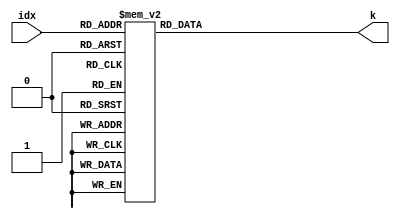
module karray(
		input wire [5:0] idx, output reg [31:0] k
	);
	always @(*) begin
		case (idx)
			6'b000000: k = 32'h428a2f98;
			6'b000001: k = 32'h71374491;
			6'b000010: k = 32'hb5c0fbcf;
			6'b000011: k = 32'he9b5dba5;
			6'b000100: k = 32'h3956c25b;
			6'b000101: k = 32'h59f111f1;
			6'b000110: k = 32'h923f82a4;
			6'b000111: k = 32'hab1c5ed5;
			6'b001000: k = 32'hd807aa98;
			6'b001001: k = 32'h12835b01;
			6'b001010: k = 32'h243185be;
			6'b001011: k = 32'h550c7dc3;
			6'b001100: k = 32'h72be5d74;
			6'b001101: k = 32'h80deb1fe;
			6'b001110: k = 32'h9bdc06a7;
			6'b001111: k = 32'hc19bf174;
			6'b010000: k = 32'he49b69c1;
			6'b010001: k = 32'hefbe4786;
			6'b010010: k = 32'h0fc19dc6;
			6'b010011: k = 32'h240ca1cc;
			6'b010100: k = 32'h2de92c6f;
			6'b010101: k = 32'h4a7484aa;
			6'b010110: k = 32'h5cb0a9dc;
			6'b010111: k = 32'h76f988da;
			6'b011000: k = 32'h983e5152;
			6'b011001: k = 32'ha831c66d;
			6'b011010: k = 32'hb00327c8;
			6'b011011: k = 32'hbf597fc7;
			6'b011100: k = 32'hc6e00bf3;
			6'b011101: k = 32'hd5a79147;
			6'b011110: k = 32'h06ca6351;
			6'b011111: k = 32'h14292967;
			6'b100000: k = 32'h27b70a85;
			6'b100001: k = 32'h2e1b2138;
			6'b100010: k = 32'h4d2c6dfc;
			6'b100011: k = 32'h53380d13;
			6'b100100: k = 32'h650a7354;
			6'b100101: k = 32'h766a0abb;
			6'b100110: k = 32'h81c2c92e;
			6'b100111: k = 32'h92722c85;
			6'b101000: k = 32'ha2bfe8a1;
			6'b101001: k = 32'ha81a664b;
			6'b101010: k = 32'hc24b8b70;
			6'b101011: k = 32'hc76c51a3;
			6'b101100: k = 32'hd192e819;
			6'b101101: k = 32'hd6990624;
			6'b101110: k = 32'hf40e3585;
			6'b101111: k = 32'h106aa070;
			6'b110000: k = 32'h19a4c116;
			6'b110001: k = 32'h1e376c08;
			6'b110010: k = 32'h2748774c;
			6'b110011: k = 32'h34b0bcb5;
			6'b110100: k = 32'h391c0cb3;
			6'b110101: k = 32'h4ed8aa4a;
			6'b110110: k = 32'h5b9cca4f;
			6'b110111: k = 32'h682e6ff3;
			6'b111000: k = 32'h748f82ee;
			6'b111001: k = 32'h78a5636f;
			6'b111010: k = 32'h84c87814;
			6'b111011: k = 32'h8cc70208;
			6'b111100: k = 32'h90befffa;
			6'b111101: k = 32'ha4506ceb;
			6'b111110: k = 32'hbef9a3f7;
			6'b111111: k = 32'hc67178f2;
		endcase
	end
endmodule